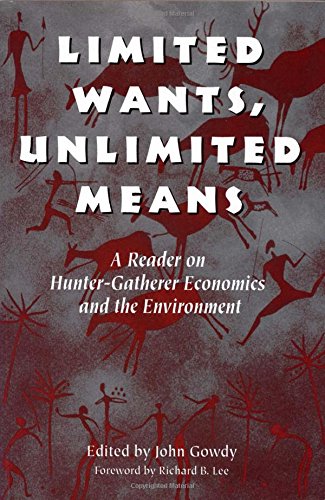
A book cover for Limited Wants, Unlimited Means: A Reader On Hunter-Gatherer Economics And The Environment; Business & Money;